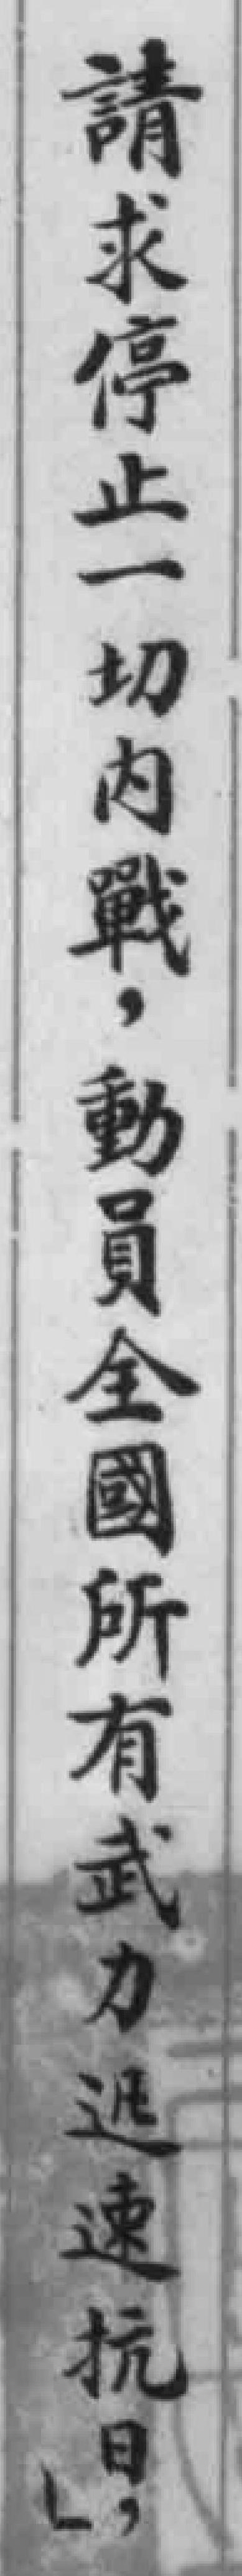
請求停止一切內戰,動員全國所有武力迅速抗日,